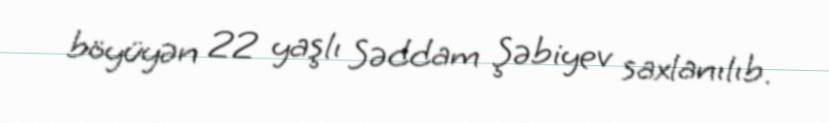
böyüyən 22 yaşlı Səddam Şəbiyev saxlanılıb.